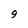
Character: 9